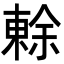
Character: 𭫧